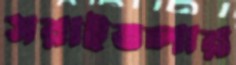
সরাইতলার